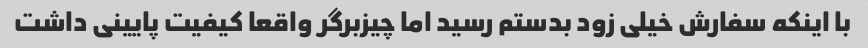
با اینکه سفارش خیلی زود بدستم رسید اما چیزبرگر واقعا کیفیت پایینی داشت